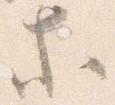
等